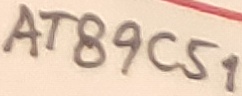
Text: AT89C51